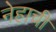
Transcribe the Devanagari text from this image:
नेहाची